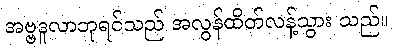
အဗ္ဗဒူလာဘုရင်သည် အလွန်ထိတ်လန့်သွား သည်။